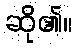
ဆို၏။